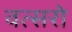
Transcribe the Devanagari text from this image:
वत्सरो